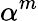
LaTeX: \alpha^{m}